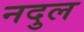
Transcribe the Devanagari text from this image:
नदुल